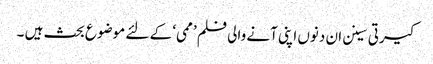
کیرتی سینن ان دنوں اپنی آنے والی فلم ’ممی‘ کے لئے موضوع بحث ہیں ۔